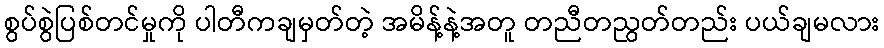
စွပ်စွဲပြစ်တင်မှုကို ပါတီကချမှတ်တဲ့ အမိန့်နဲ့အတူ တညီတညွတ်တည်း ပယ်ချမလား